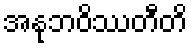
အနုဘဝိဿတီတိ